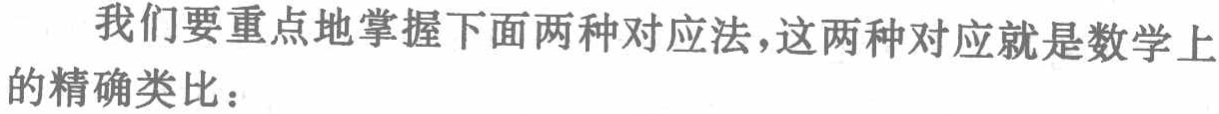
我们要重点地掌握下面两种对应法，这两种对应就是数学上的精确类比：